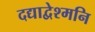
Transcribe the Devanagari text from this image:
दद्याद्वेश्मनि